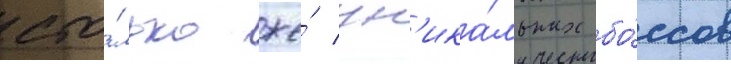
сто́лько же́ ун'ика́льных бо́ссов